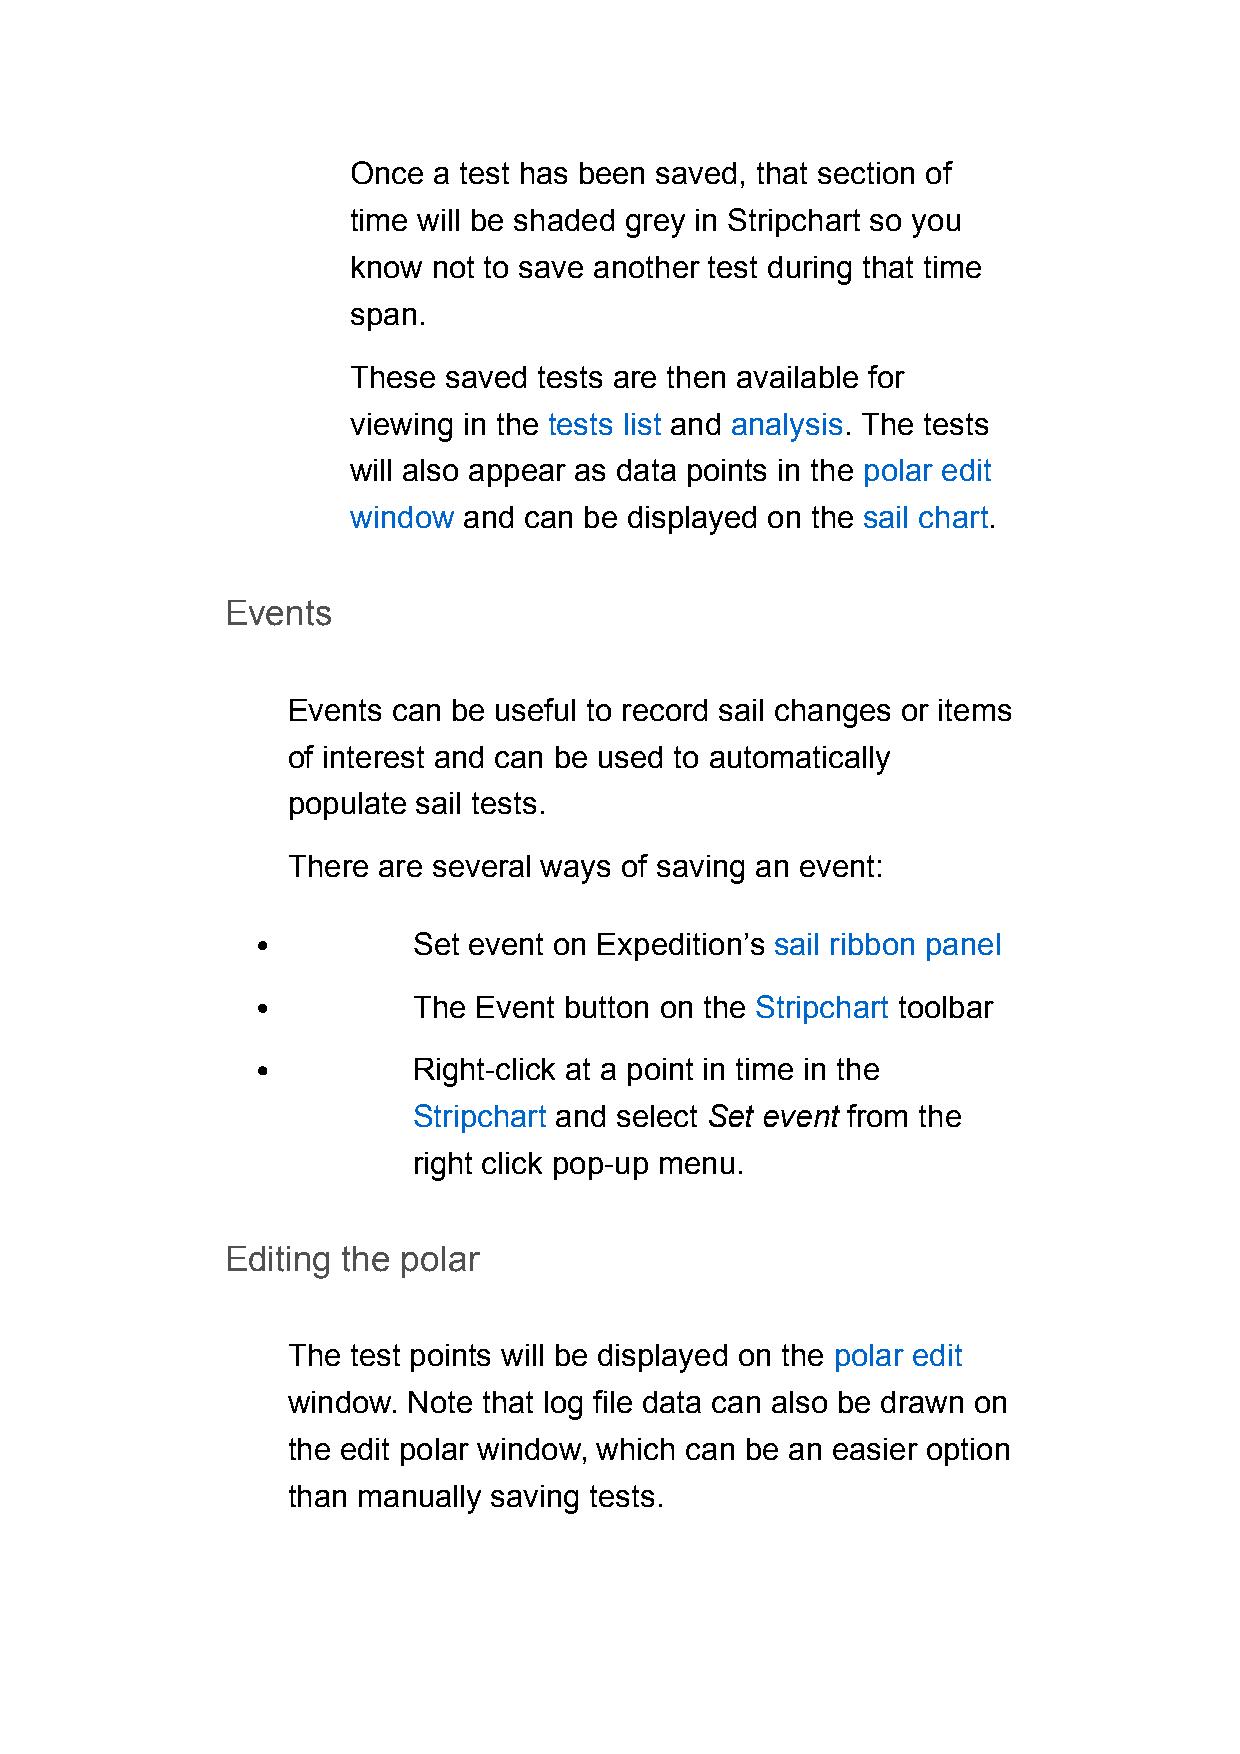
Once  a test has been saved, that section of
 time will be shaded grey in Stripchart so you
 know  not to save another test during that time
 span.
 These  saved tests are then available for
 viewing in the tests list and analysis. The tests
 will also appear as data points in the polar edit
 window  and can be displayed on the sail chart.
 Events
 Events can be useful to record sail changes or items
 of interest and can be used to automatically
 populate sail tests.
 There are several ways of saving an event:
 Set event on Expedition’s sail ribbon panel
 The Event button on the Stripchart toolbar
 Right-click at a point in time in the
 Stripchart and select Set event from the
 right click pop-up menu.
 Editing the polar
 The test points will be displayed on the polar edit
 window. Note that log file data can also be drawn on
 the edit polar window, which can be an easier option
 than manually saving tests.